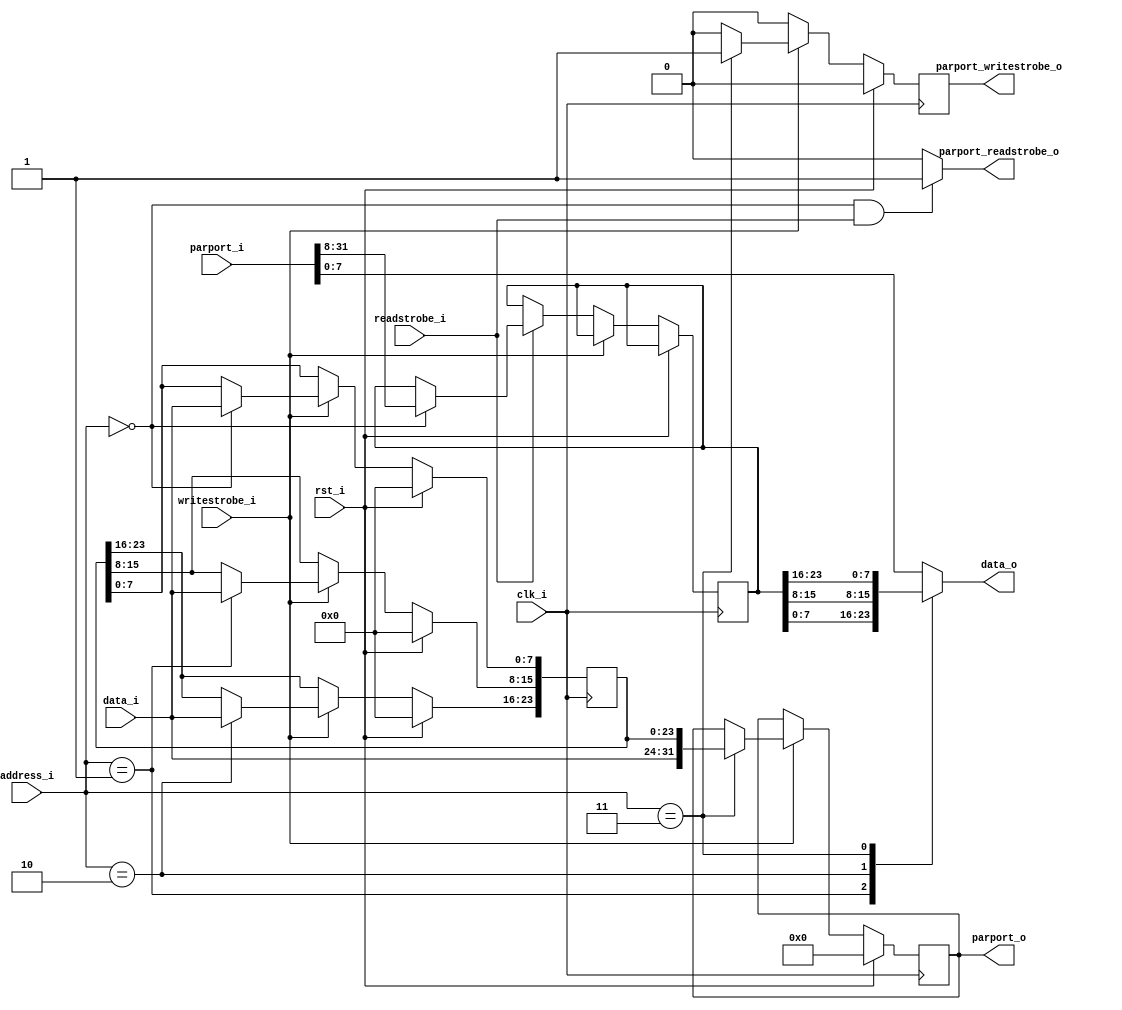
module serial_wb_parport( 
		  /*AUTOARG*/
		  // Outputs
		  parport_o, data_o, parport_readstrobe_o,parport_writestrobe_o,
		  // Inputs
		  clk_i, rst_i, parport_i, writestrobe_i, readstrobe_i,data_i, address_i
		  );



   output [31:0] parport_o;
   
   output [7:0]  data_o;
   input         clk_i;
   input         rst_i;
   input [31:0]  parport_i;
   
   input         writestrobe_i;
   input [7:0] 	 data_i;
   input [1:0] 	 address_i;
   input         readstrobe_i;

   output 	 parport_writestrobe_o;
   output 	 parport_readstrobe_o;

   reg [31:0] parport_o;
   reg [7:0] 	 data_o;
   wire 	 clk_i;
   wire 	 rst_i;
   wire 	 writestrobe_i;
   wire [31:0]  parport_i;
   wire [7:0] 	 data_i;
   wire [1:0] 	 address_i;
   wire 	 readstrobe_i;


   reg [23:0]	 outputreg_r;
   reg [23:0]	 inputreg_r;

   reg 		 parport_readstrobe_o;
   reg 		 parport_writestrobe_o;
   


   always @(*) begin
      data_o = parport_i[7:0];
      case(address_i)
	 2'b01: data_o = inputreg_r[7:0];
	 2'b10: data_o = inputreg_r[15:8];
	 2'b11: data_o = inputreg_r[23:16];
      endcase // case(address_i)

      
      parport_readstrobe_o = 0;
      if((address_i == 2'b00) && readstrobe_i) begin
	 parport_readstrobe_o = 1;
      end
   end

   always @(posedge clk_i) begin
      parport_writestrobe_o <= 0;
      if(rst_i) begin
	 parport_o <= 0;
	 outputreg_r <= 0;
	 parport_writestrobe_o <= 0;
      end else if(writestrobe_i) begin
	 parport_writestrobe_o <= 0;
	 case(address_i)
	   2'b00: outputreg_r[7:0] <= data_i;
	   2'b01: outputreg_r[15:8] <= data_i;
	   2'b10: outputreg_r[23:16] <= data_i;
	   2'b11: begin
	      parport_o <= {data_i[7:0],outputreg_r[23:0]};
	      parport_writestrobe_o <= 1;
	   end
	   
	 endcase // case(address_i)
      end else if(readstrobe_i) begin
	 if(address_i == 2'b00) begin
	    inputreg_r <= parport_i[31:8];
	 end
      end
   end

endmodule